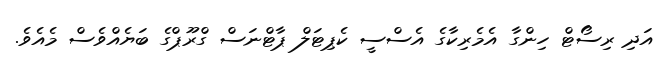
އަދި ރިސޯޓް ހިންގާ އެމެރިކާގެ އެސްސީ ކެޕިޓަލް ޕާޓްނަސް ގްރޫޕްގެ ބަޔެއްވެސް މެއެވެ.